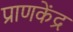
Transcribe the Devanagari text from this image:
प्राणकेंद्र